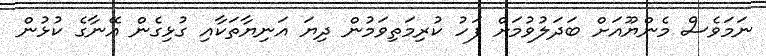
ނަމަވެސް މެންޔޫއަށް ބަދަލުވުމަށް ފަހު ކުރިމަތިވަމުން ދިޔަ އަނިޔާތަކާއި ގުޅިގެން އޭނާގެ ކުޅުން